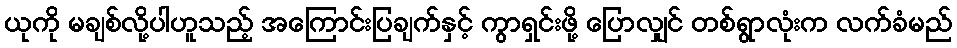
ယုကို မချစ်လို့ပါဟူသည့် အကြောင်းပြချက်နှင့် ကွာရှင်းဖို့ ပြောလျှင် တစ်ရွာလုံးက လက်ခံမည်